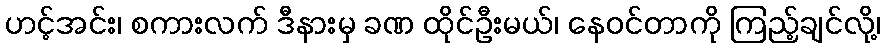
ဟင့်အင်း၊ စကားလက် ဒီနားမှ ခဏ ထိုင်ဦးမယ်၊ နေဝင်တာကို ကြည့်ချင်လို့၊